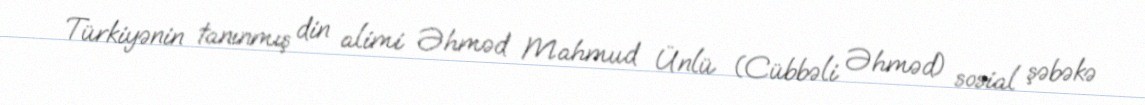
Türkiyənin tanınmış din alimi Əhməd Mahmud Ünlü (Cübbəli Əhməd) sosial şəbəkə